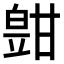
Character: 𤾑